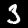
Label: 3